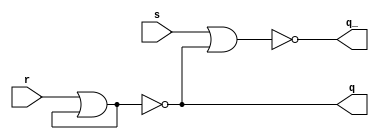
/* CSED273 lab5 experiment 2 */
/* lab5_2.v */

`timescale 1ns / 1ps

/* Implement srLatch */
module srLatch(
    input s, r,
    output q, q_
    );

    ////////////////////////
    /* Add your code here */
    nor(q, r, ~q);
    nor(q_, s, q);
    ////////////////////////

endmodule

/* Implement master-slave JK flip-flop with srLatch module */
module lab5_2(
    input reset_n, j, k, clk,
    output q, q_
    );

    ////////////////////////
    /* Add your code here */
    wire masterJ, masterK, masterS, masterR;
    wire p, p_;
    wire slaveS, slaveR;
    
    assign masterJ = j & q_ & clk;
    assign masterK = k & q & clk;
    
    assign masterS = masterJ & reset_n;
    assign masterR = masterK | ~reset_n;
      
    srLatch master(masterS, masterR, p, p_);
    
    and(slaveS, p, ~clk);
    and(slaveR, p_, ~clk);
    
    srLatch slave(slaveS, slaveR, q, q_);
    ////////////////////////
    
endmodule